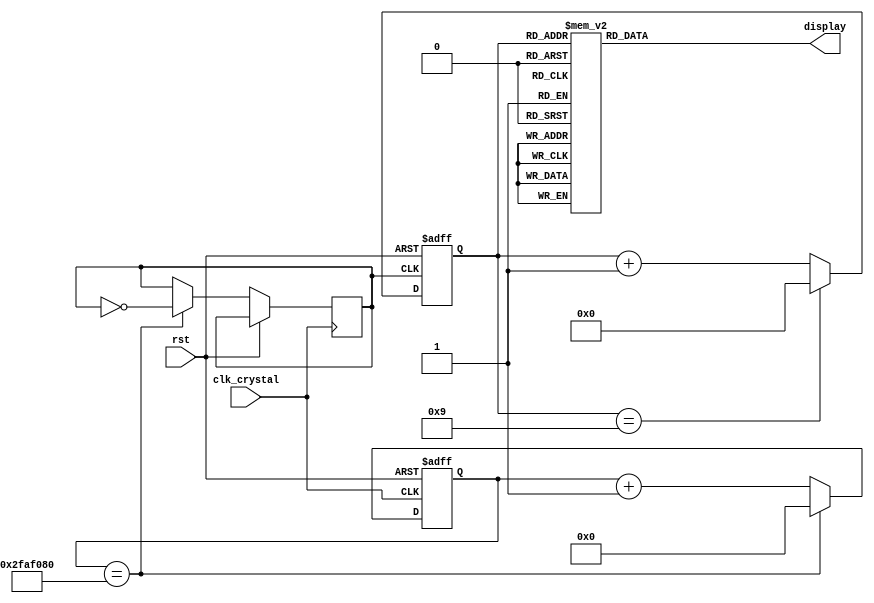
`timescale 1ns / 1ps
//////////////////////////////////////////////////////////////////////////////////
// Company: 
// Engineer: 
// 
// Design Name: 
// Module Name: bcd_counter
// Project Name: 
// Target Devices: 
// Tool Versions: 
// Description: 
// 
// Dependencies: 
// 
// Revision:
// Revision 0.01 - File Created
// Additional Comments:
// 
//////////////////////////////////////////////////////////////////////////////////


module Lab03_3_1(
    input  rst,
    input  clk_crystal,
    /*output reg  [26:0] cnt,
    output reg  [3:0] q,
    output reg  clk_out,*/
    output reg [7:0] display
    );
    reg  [3:0] q;
    reg  [26:0] cnt;
    reg  clk_out;
  
    
    initial begin
    cnt   = 0;
    clk_out = 0;
    q = 0;
    end
    
    always@(posedge clk_crystal or posedge rst)
    begin
        if(rst)
        begin
            cnt <= 27'b0;
        end
        else if (cnt == 50000000)
        begin
            cnt <= 0;
            clk_out <= ~clk_out;
        end
        else
            cnt <= cnt + 1;
    end
    //1Hzclk
    /*always@(cnt)
    begin
        if( cnt == 50000000)
        begin
            cnt <= 0;
            clk_out = ~clk_out;
        end    
    end*/
    //BCD counter

    always@(posedge clk_out or posedge rst)
    begin
        if(rst)
            q <= 4'b0;
        else if( q == 9 )
            q <= 4'b0;
        else
            q <= q + 1;
    end       
    
    always@(q)
        case(q)
        4'd0 : display = 8'b00000011; //0
        4'd1 : display = 8'b10011111; //1
        4'd2 : display = 8'b00100101; //2
        4'd3 : display = 8'b00001101; //3
        4'd4 : display = 8'b10011001; //4
        4'd5 : display = 8'b01001001; //5
        4'd6 : display = 8'b01000001 ; //6
        4'd7 : display = 8'b00011111 ; //7
        4'd8 : display = 8'b00000001 ; //8
        4'd9 : display = 8'b00001001; //9
        default : display = 8'b01110001; //F
        endcase
endmodule